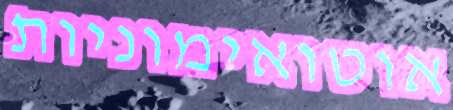
אוטואימוניות